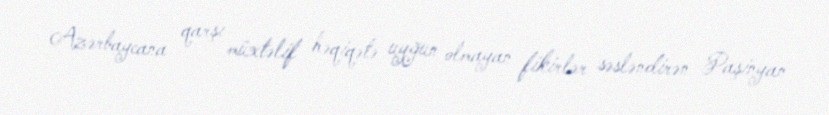
Azərbaycana qarşı müxtəlif həqiqətə uyğun olmayan fikirlər səsləndirən Paşinyan